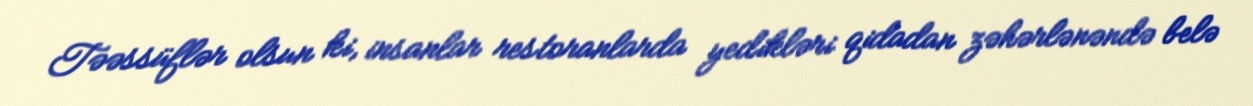
Təəssüflər olsun ki, insanlar restoranlarda yedikləri qidadan zəhərlənəndə belə